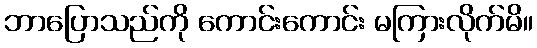
ဘာပြောသည်ကို ကောင်းကောင်း မကြားလိုက်မိ။